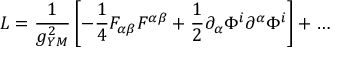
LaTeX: L = \frac { 1 } { g _ { Y M } ^ { 2 } } \left[ - \frac { 1 } { 4 } F _ { \alpha \beta } F ^ { \alpha \beta } + \frac { 1 } { 2 } \partial _ { \alpha } \Phi ^ { i } \partial ^ { \alpha } \Phi ^ { i } \right] + \dots